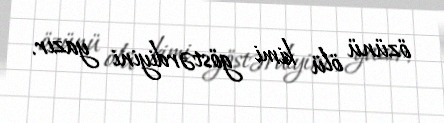
özünü ölü kimi göstərdiyini yazır.